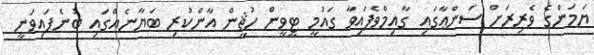
ޔަމަންގެ ވެރިރަށް ސަންޢާގައި ގާއިމްވެފައިވާ ގައުމީ ޓީވީން ހުޘީން އާންކުރި ބަޔާނެއްގައި ބުނެފައިވަނީ